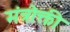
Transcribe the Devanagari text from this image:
मंत्रोक्ती